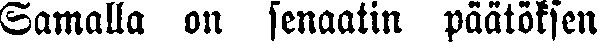
Samalla on senaatin päätöksen